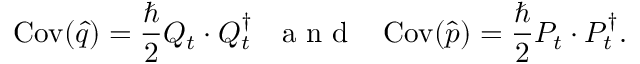
\operatorname { C o v } ( \hat { q } ) = \frac { \hbar } { 2 } Q _ { t } \cdot Q _ { t } ^ { \dag } \mathrm { ~ \ \ a ~ n ~ d ~ \ \ } \operatorname { C o v } ( \hat { p } ) = \frac { \hbar } { 2 } P _ { t } \cdot P _ { t } ^ { \dag } .